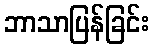
ဘာသာပြန်ခြင်း